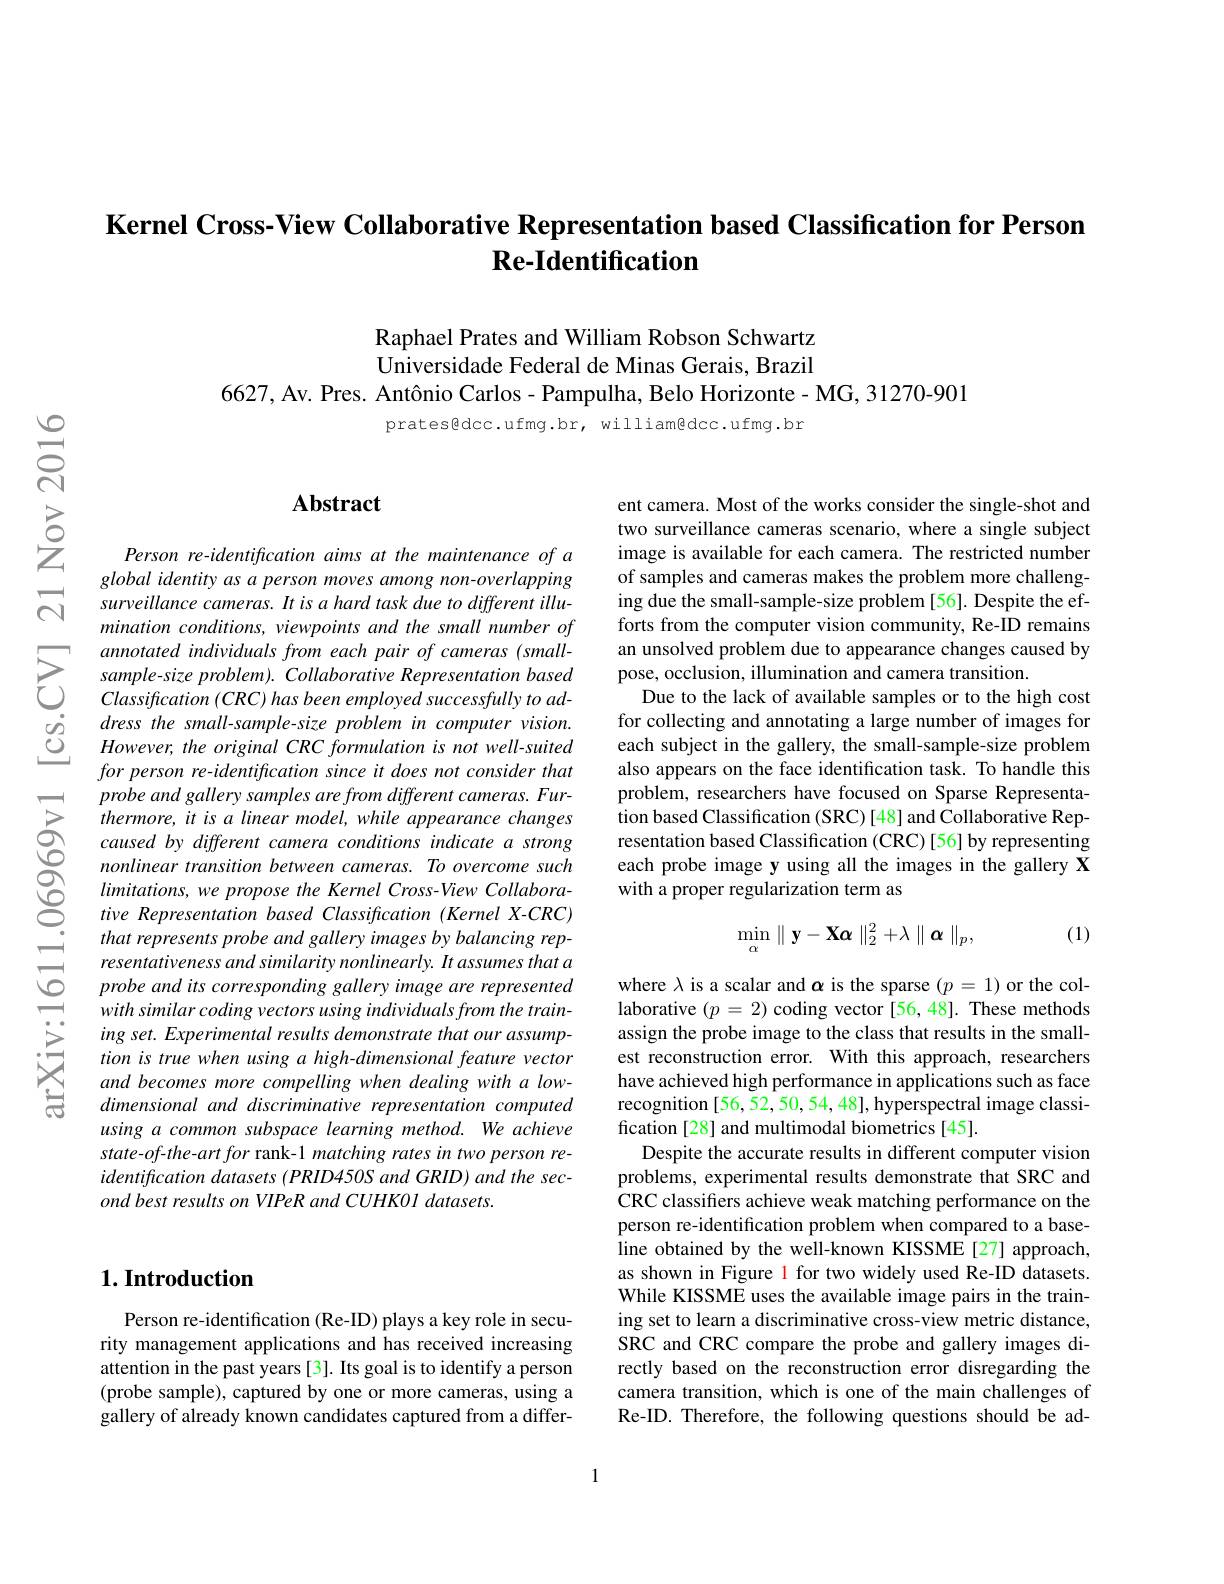
## Kernel Cross-View Collaborative Representation based Classification for Person $\textbf{Re- Identification}$

Raphael Prates and William Robson Schwartz Universidade Federal de Minas Gerais, Brazil
6627, Av. Pres. Antônio Carlos - Pampulha, Belo Horizonte - MG, 31270-901

pratesgdcc.ufmg.br, william@dcc.ufmg.br

## $\mathbf{Abstract}$

Person re-identification aims at the maintenance of a global identity as a person moves among non-overlapping surveillance cameras. It is a hard task due to different illumination conditions, viewpoints and the small number of annotated individuals from each pair of cameras (smallsample-size problem). Collaborative Representation based $Classification(CRC)$ has been employed successfully to address the small-sample-size problem in computer vision. $However, the\textit{ original CRC formulation is not well- suited}$ for person re-identification since it does not consider that probe and gallery samples are from different cameras. Furthermore, it is a linear model, while appearance changes caused by different camera conditions indicate a strong nonlinear transition between cameras. To overcome such limitations, we propose the Kernel Cross-View Collaborative Representation based Classification (Kernel X-CRC) that represents probe and gallery images by balancing representativeness and similarity nonlinearly. It assumes that a probe and its corresponding gallery image are represented with similar coding vectors using individuals from the training set. Experimental results demonstrate that our assumption is true when using a high-dimensional feature vector and becomes more compelling when dealing with a lowdimensional and discriminative representation computed using a common subspace learning method. We achieve state-of-the-art for rank-1 matching rates in two person reidentification datasets (PRID450S and GRID) and the sec- $ond\textit{best results on VIPeR and CUHK01 datasets. }$

## $1. \textbf{Introduction}$

Person re-identification (Re-ID) plays a key role in security management applications and has received increasing attention in the past years [3]. Its goal is to identify a person (probe sample), captured by one or more cameras, using a gallery of already known candidates captured from a differ-

ent camera. Most of the works consider the single-shot and two surveillance cameras scenario, where a single subject image is available for each camera. The restricted number of samples and cameras makes the problem more challenging due the small-sample-size problem [56]. Despite the efforts from the computer vision community, Re-ID remains an unsolved problem due to appearance changes caused by pose, occlusion, illumination and camera transition.
Due to the lack of available samples or to the high cost for collecting and annotating a large number of images for each subject in the gallery, the small-sample-size problem also appears on the face identification task. To handle this problem, researchers have focused on Sparse Representation based Classification (SRC) [48] and Collaborative Representation based Classification (CRC) [56] by representing each probe image y using all the images in the gallery X with a proper regularization term as

(1)
$$\min_{\alpha}\parallel\mathbf{y}-\mathbf{X}\alpha\parallel_{2}^{2}+\lambda\parallel\boldsymbol{\alpha}\parallel_{p},$$
where $\lambda$ is a scalar and $\alpha$ is the sparse $(p=1)$ or the collaborative $(p=2)$ coding vector [56,48]. These methods assign the probe image to the class that results in the smallest reconstruction error. With this approach, researchers have achieved high performance in applications such as face recognition [56, 52, 50, 54, 48], hyperspectral image classification [28] and multimodal biometrics [45].
Despite the accurate results in different computer vision problems, experimental results demonstrate that SRC and CRC classifiers achieve weak matching performance on the person re-identification problem when compared to a baseline obtained by the well-known KISSME[27] approach, as shown in Figure 1 for two widely used Re-ID datasets. While KISSME uses the available image pairs in the training set to learn a discriminative cross-view metric distance, SRC and CRC compare the probe and gallery images directly based on the reconstruction error disregarding the camera transition, which is one of the main challenges of Re-ID. Therefore, the following questions should be ad-

1